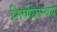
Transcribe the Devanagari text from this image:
निर्णयान्वये